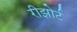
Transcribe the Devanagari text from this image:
रीझोर्ट